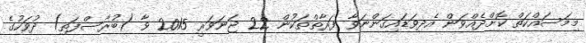
މިމަސައްކަތް ކޮށްދެއްވަން އެދިވަޑައިގަންނަވާ ފަރާތްތަކުން 22 ޖަނަވަރީ 2015 ވާ (ބުރާސްފަތި) ދުވަހުގެ